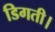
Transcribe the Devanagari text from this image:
डिगती।